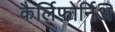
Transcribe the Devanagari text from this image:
कैर्लिफ़ोर्निअ